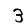
Digit: 3